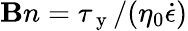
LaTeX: \mathbf{B}n=\tau_{\mathrm{{~y~}}}/(\eta_{0}\dot{{\epsilon}})